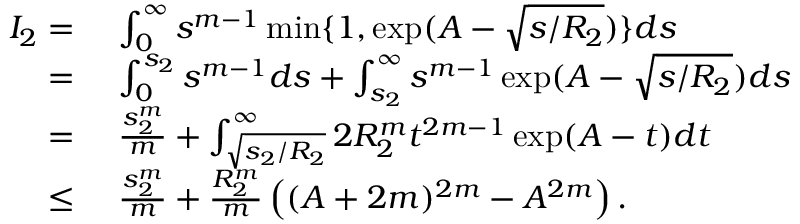
\begin{array} { r l } { I _ { 2 } = } & { ~ \int _ { 0 } ^ { \infty } s ^ { m - 1 } \operatorname* { m i n } \{ 1 , \exp ( A - \sqrt { s / R _ { 2 } } ) \} d s } \\ { = } & { ~ \int _ { 0 } ^ { s _ { 2 } } s ^ { m - 1 } d s + \int _ { s _ { 2 } } ^ { \infty } s ^ { m - 1 } \exp ( A - \sqrt { s / R _ { 2 } } ) d s } \\ { = } & { ~ \frac { s _ { 2 } ^ { m } } { m } + \int _ { \sqrt { s _ { 2 } / R _ { 2 } } } ^ { \infty } 2 R _ { 2 } ^ { m } t ^ { 2 m - 1 } \exp ( A - t ) d t } \\ { \leq } & { ~ \frac { s _ { 2 } ^ { m } } { m } + \frac { R _ { 2 } ^ { m } } { m } \left( ( A + 2 m ) ^ { 2 m } - A ^ { 2 m } \right) . } \end{array}